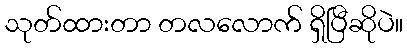
သုတ်ထားတာ တလလောက် ရှိပြီဆိုပဲ။